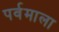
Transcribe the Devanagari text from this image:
पर्वमाला